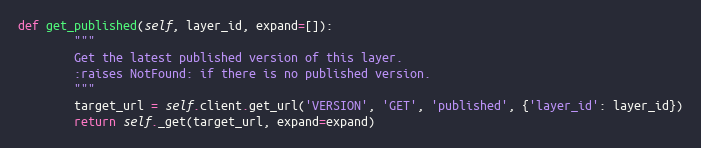
Language: Python
def get_published(self, layer_id, expand=[]):
        """
        Get the latest published version of this layer.
        :raises NotFound: if there is no published version.
        """
        target_url = self.client.get_url('VERSION', 'GET', 'published', {'layer_id': layer_id})
        return self._get(target_url, expand=expand)